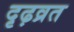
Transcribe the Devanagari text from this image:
दृढ़व्रत